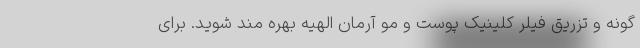
گونه و تزریق فیلر کلینیک پوست و مو آرمان الهیه بهره مند شوید. برای